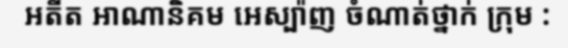
អតីត អាណានិគម អេស្ប៉ាញ ចំណាត់ថ្នាក់ ក្រុម :